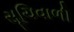
સૂચિવાળી